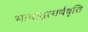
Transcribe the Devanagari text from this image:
भाषावृत्यर्थवृत्ति